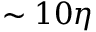
\sim { 1 0 \eta }